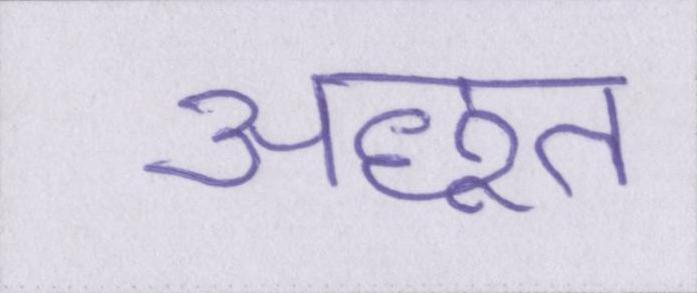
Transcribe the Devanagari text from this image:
अछूत